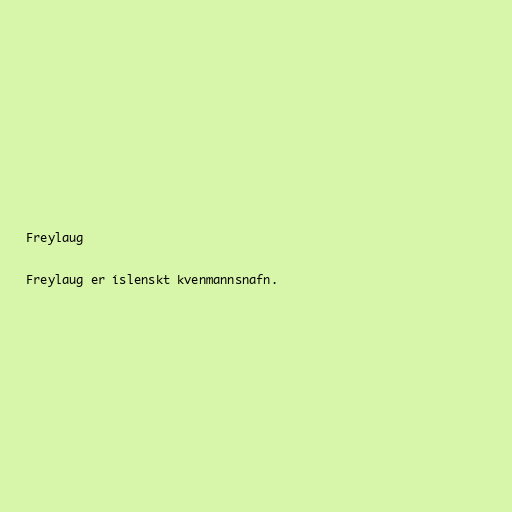
Freylaug

Freylaug er íslenskt kvenmannsnafn.